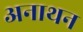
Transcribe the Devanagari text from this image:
अनाथन